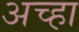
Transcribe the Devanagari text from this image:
अच्हा